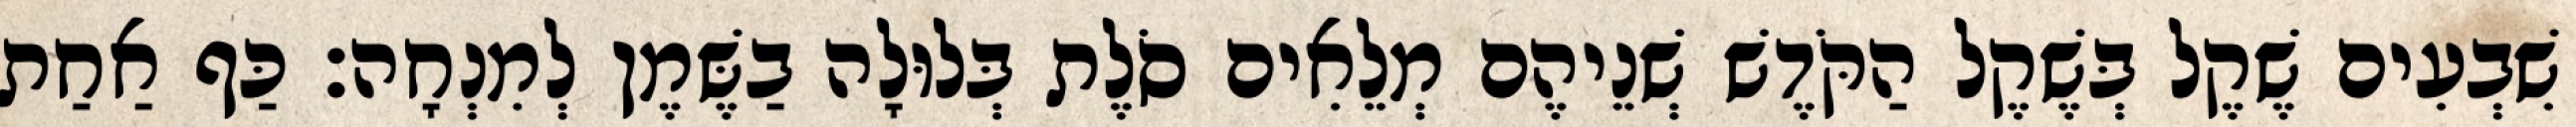
שִׁבְעִים שֶׁקֶל בְּשֶׁקֶל הַקֹּדֶשׁ שְׁנֵיהֶם מְלֵאִים סֹלֶת בְּלוּלָה בַשֶּׁמֶן לְמִנְחָה׃ כַּף אַחַת